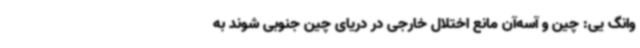
وانگ یی: چین و آسه‌آن مانع اختلال خارجی در دریای چین جنوبی شوند به